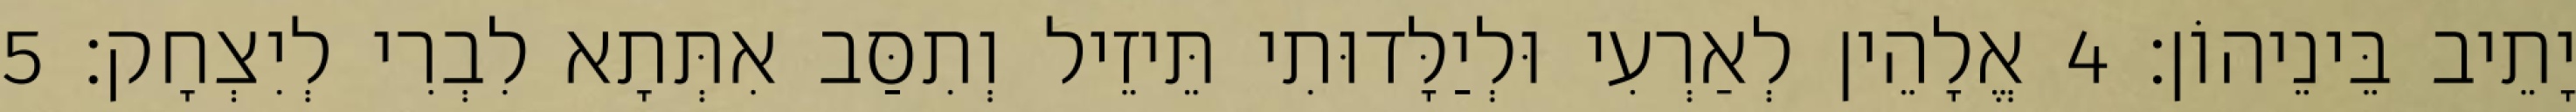
יָתֵיב בֵּינֵיהוֹן׃ 4 אֱלָהֵין לְאַרְעִי וּלְיַלָּדוּתִי תֵּיזֵיל וְתִסַּב אִתְּתָא לִבְרִי לְיִצְחָק׃ 5